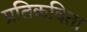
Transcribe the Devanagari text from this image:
प्रतिकविता